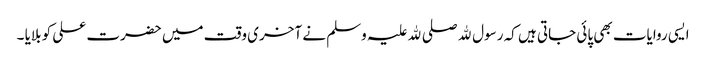
ایسی روایات بھی پائی جاتی ہیں کہ رسول ﷲ صلی ﷲ علیہ وسلم نے آخری وقت میں حضرت علی کو بلایا ۔